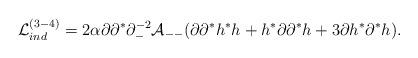
LaTeX: \begin{align*}{\cal L}^{(3-4)}_{ind} = 2 \alpha\partial \partial^* \partial_-^{-2} {\cal A}_{--}(\partial \partial^* h^* h + h^* \partial \partial^* h +3 \partial h^* \partial^* h ).\end{align*}